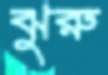
ঝুরু